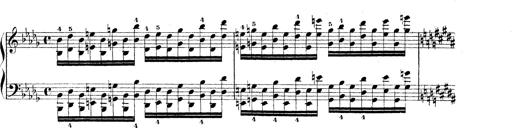
Title: Technische Studien
Composer: Franz Liszt